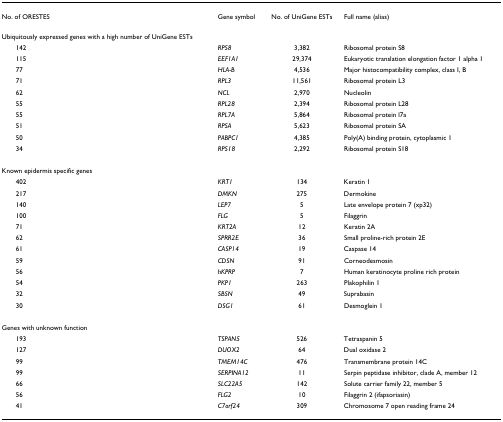
<table><thead><tr><td><b>No. of ORESTES</b></td><td><b>Gene symbol</b></td><td><b>No. of UniGene ESTs</b></td><td><b>Full name (alias)</b></td></tr></thead><tbody><tr><td>Ubiquitously expressed genes with a high number of UniGene ESTs</td><td></td><td></td><td></td></tr><tr><td> 142</td><td><i>RPS8</i></td><td>3,382</td><td>Ribosomal protein S8</td></tr><tr><td> 115</td><td><i>EEF1A1</i></td><td>29,374</td><td>Eukaryotic translation elongation factor 1 alpha 1</td></tr><tr><td> 77</td><td><i>HLA-B</i></td><td>4,536</td><td>Major histocompatibility complex, class I, B</td></tr><tr><td> 71</td><td><i>RPL3</i></td><td>11,561</td><td>Ribosomal protein L3</td></tr><tr><td> 62</td><td><i>NCL</i></td><td>2,970</td><td>Nucleolin</td></tr><tr><td> 55</td><td><i>RPL28</i></td><td>2,394</td><td>Ribosomal protein L28</td></tr><tr><td> 55</td><td><i>RPL7A</i></td><td>5,864</td><td>Ribosomal protein l7a</td></tr><tr><td> 51</td><td><i>RPSA</i></td><td>5,623</td><td>Ribosomal protein SA</td></tr><tr><td> 50</td><td><i>PABPC1</i></td><td>4,385</td><td>Poly(A) binding protein, cytoplasmic 1</td></tr><tr><td> 34</td><td><i>RPS18</i></td><td>2,292</td><td>Ribosomal protein S18</td></tr><tr><td>Known epidermis specific genes</td><td></td><td></td><td></td></tr><tr><td> 402</td><td><i>KRT1</i></td><td>134</td><td>Keratin 1</td></tr><tr><td> 217</td><td><i>DMKN</i></td><td>275</td><td>Dermokine</td></tr><tr><td> 140</td><td><i>LEP7</i></td><td>5</td><td>Late envelope protein 7 (xp32)</td></tr><tr><td> 100</td><td><i>FLG</i></td><td>5</td><td>Filaggrin</td></tr><tr><td> 71</td><td><i>KRT2A</i></td><td>12</td><td>Keratin 2A</td></tr><tr><td> 62</td><td><i>SPRR2E</i></td><td>36</td><td>Small proline-rich protein 2E</td></tr><tr><td> 61</td><td><i>CASP14</i></td><td>19</td><td>Caspase 14</td></tr><tr><td> 59</td><td><i>CDSN</i></td><td>91</td><td>Corneodesmosin</td></tr><tr><td> 56</td><td><i>hKPRP</i></td><td>7</td><td>Human keratinocyte proline rich protein</td></tr><tr><td> 54</td><td><i>PKP1</i></td><td>263</td><td>Plakophilin 1</td></tr><tr><td> 32</td><td><i>SBSN</i></td><td>49</td><td>Suprabasin</td></tr><tr><td> 30</td><td><i>DSG1</i></td><td>61</td><td>Desmoglein 1</td></tr><tr><td>Genes with unknown function</td><td></td><td></td><td></td></tr><tr><td> 193</td><td><i>TSPAN5</i></td><td>526</td><td>Tetraspanin 5</td></tr><tr><td> 127</td><td><i>DUOX2</i></td><td>64</td><td>Dual oxidase 2</td></tr><tr><td> 99</td><td><i>TMEM14C</i></td><td>476</td><td>Transmembrane protein 14C</td></tr><tr><td> 99</td><td><i>SERPINA12</i></td><td>11</td><td>Serpin peptidase inhibitor, clade A, member 12</td></tr><tr><td> 66</td><td><i>SLC22A5</i></td><td>142</td><td>Solute carrier family 22, member 5</td></tr><tr><td> 56</td><td><i>FLG2</i></td><td>10</td><td>Filaggrin 2 (ifapsoriasin)</td></tr><tr><td> 41</td><td><i>C7orf24</i></td><td>309</td><td>Chromosome 7 open reading frame 24</td></tr></tbody></table>